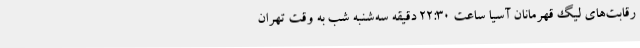
رقابت‌های لیگ قهرمانان آسیا ساعت ۲۲:۳۰ دقیقه سه‌شنبه شب به وقت تهران